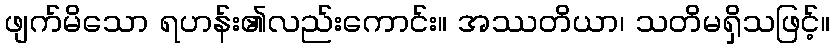
ဖျက်မိသော ရဟန်း၏လည်းကောင်း။ အဿတိယာ၊ သတိမရှိသဖြင့်။